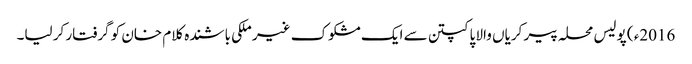
2016ء ) پولیس محلہ پیر کریاں والا پاکپتن سے ایک مشکوک غیر ملکی باشندہ کلام خان کو گرفتار کر لیا۔